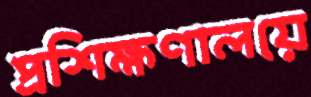
প্রশিক্ষণালয়ে